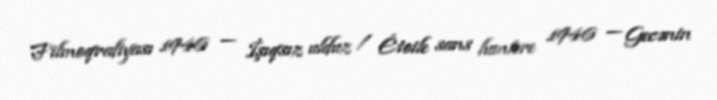
Filmoqrafiyası 1946 — İşıqsız ulduz / Étoile sans lumière 1946 — Gecənin